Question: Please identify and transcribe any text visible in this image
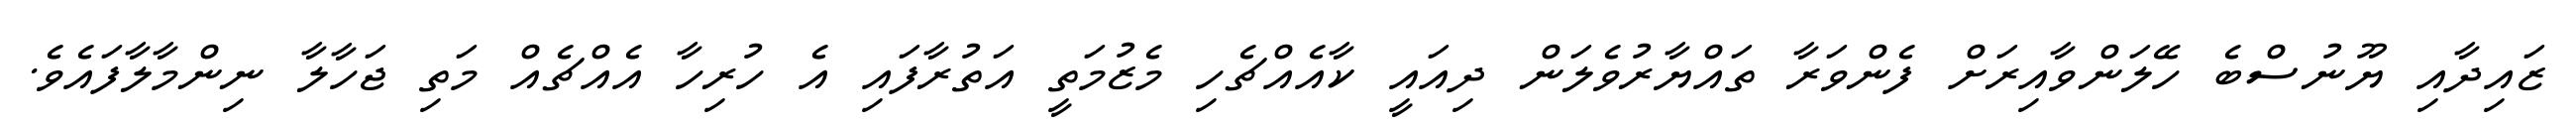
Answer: ޒައިދާއި ޔޫނުސްބެ ހޭލަންވާއިރަށް ފެންވަރާ ތައްޔާރުވެލަން ދިއައީ ކާއެއްޗެހި މެޒުމަތީ އަތުރާފައި އެ ހުރިހާ އެއްޗެއް މަތި ޖަހާލާ ނިންމާލާފައެވެ.